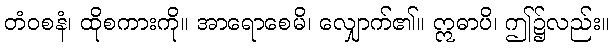
တံဝစနံ၊ ထိုစကားကို။ အာရောစေမိ၊ လျှောက်၏။ ဣဓာပိ၊ ဤ၌လည်း။